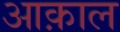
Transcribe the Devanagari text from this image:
आक़ाल